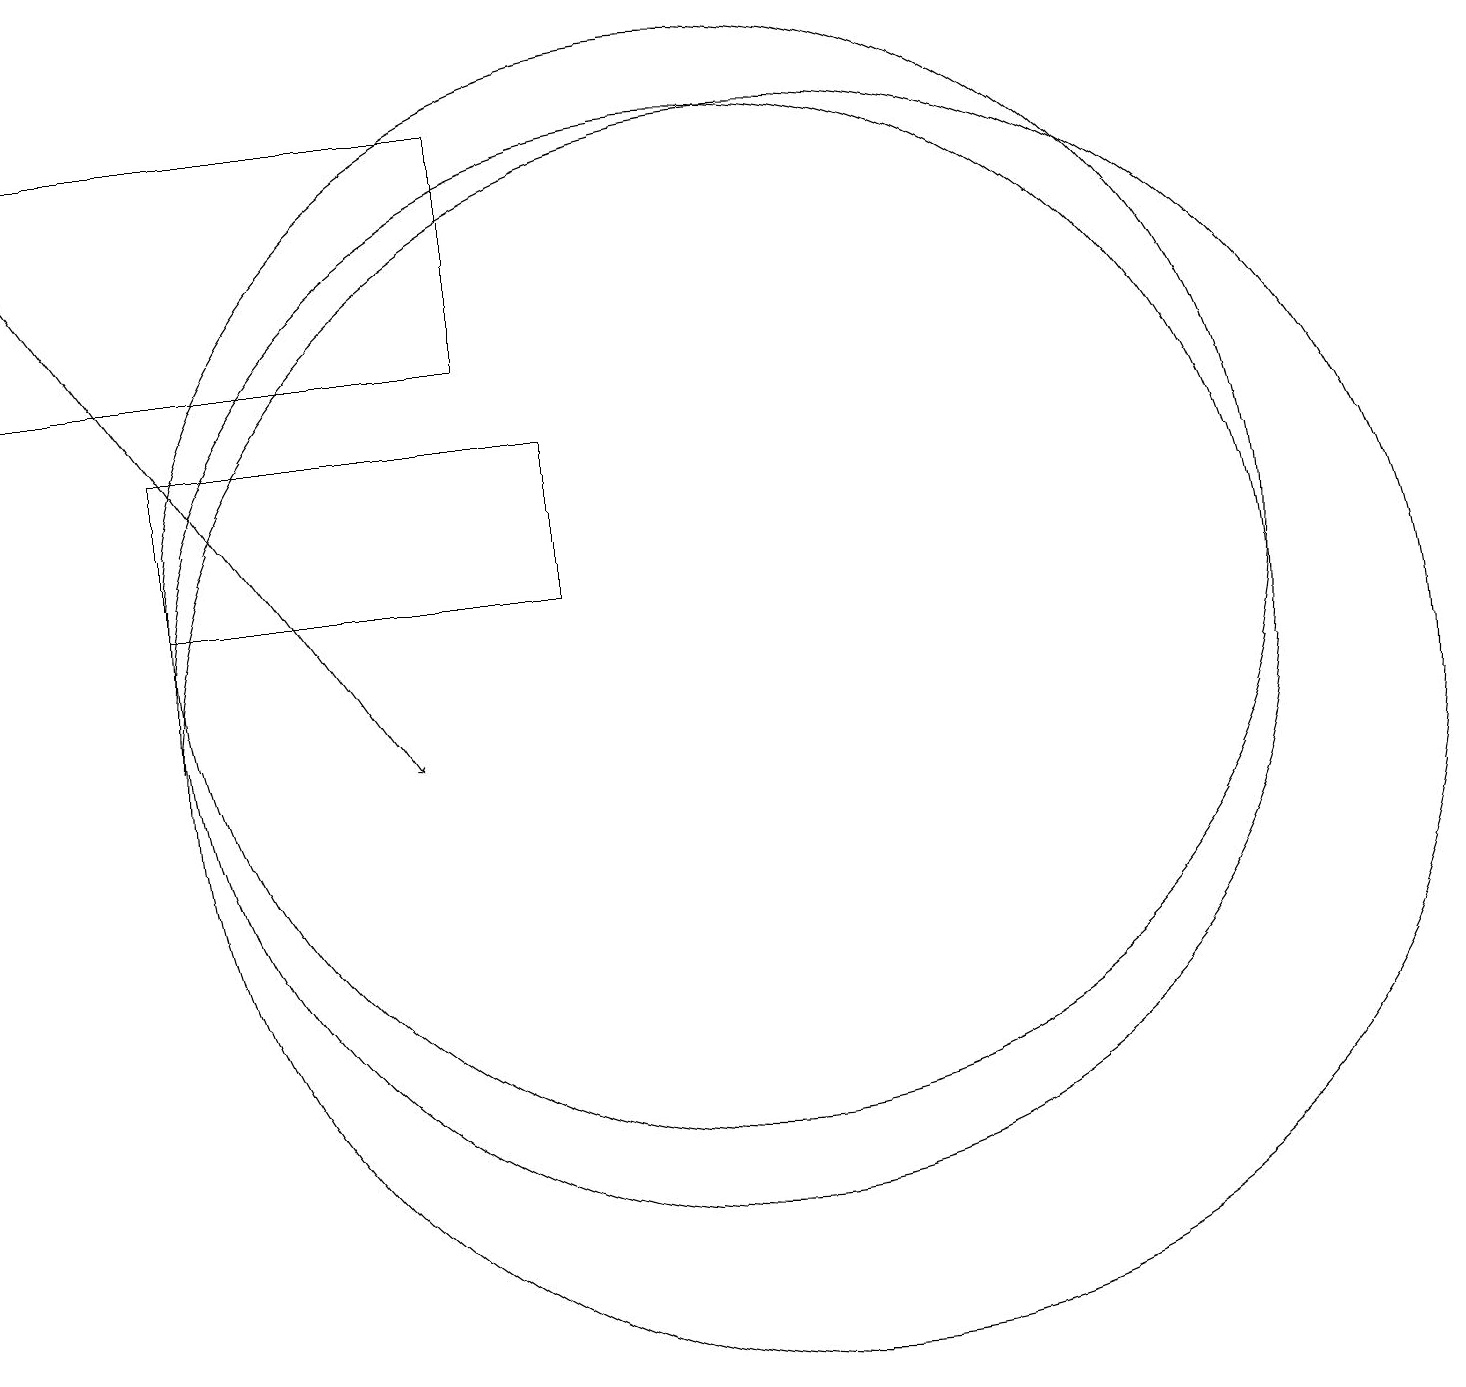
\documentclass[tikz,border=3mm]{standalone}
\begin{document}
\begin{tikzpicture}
\draw[->] (1,17) -- (6,10);
\draw (11,10) circle (8);
\draw (10,12) circle (7);
\draw (1,15) rectangle (7,18);
\draw (8,14) rectangle (3,12);
\draw (10,11) circle (7);
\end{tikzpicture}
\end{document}